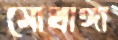
মোবাঙ্গা